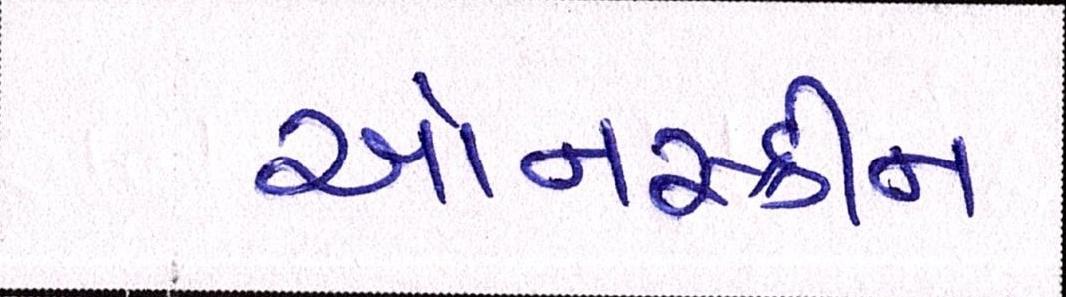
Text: ઓનસ્ક્રીન